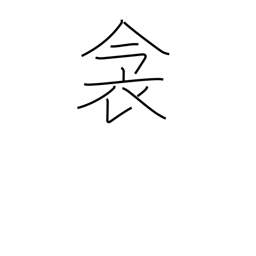
Meaning: bedding